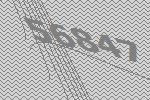
56847